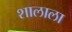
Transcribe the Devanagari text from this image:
शालाला